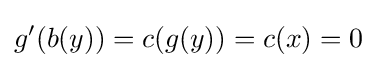
g'(b(y))=c(g(y))=c(x)=0